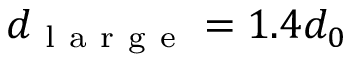
d _ { \mathrm { ~ l ~ a ~ r ~ g ~ e ~ } } = 1 . 4 d _ { 0 }